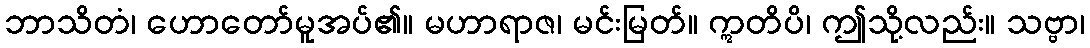
ဘာသိတံ၊ ဟောတော်မူအပ်၏။ မဟာရာဇ၊ မင်းမြတ်။ ဣတိပိ၊ ဤသို့လည်း။ သဗ္ဗာ၊